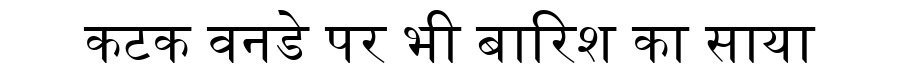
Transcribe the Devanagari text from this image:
कटक वनडे पर भी बारिश का साया